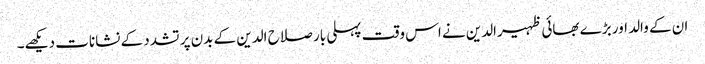
ان کے والد اور بڑے بھائی ظہیرالدین نے اس وقت پہلی بار صلاح الدین کے بدن پر تشدد کے نشانات دیکھے۔